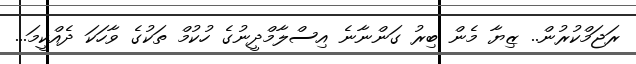
ރަޖަމްކުރުން.. ޒިޔާ މެން ބިރު ގަންނާނެ އިސްލާމްދީނުގެ ހުކުމް ތަކުގެ ވާހަކަ ދެއްކީމަ...